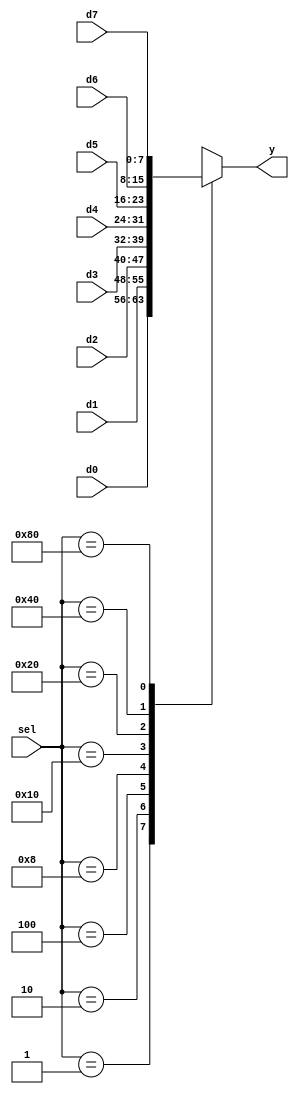
module bn_select_8_1_case
#(parameter DATA_WIDTH=8)
(
    input       [DATA_WIDTH-1:0] d0, 
    input       [DATA_WIDTH-1:0] d1,
    input       [DATA_WIDTH-1:0] d2,
    input       [DATA_WIDTH-1:0] d3,
    input       [DATA_WIDTH-1:0] d4, 
    input       [DATA_WIDTH-1:0] d5,
    input       [DATA_WIDTH-1:0] d6,
    input       [DATA_WIDTH-1:0] d7,
    input       [7:0] sel,
    output  reg [DATA_WIDTH-1:0] y
);
    
    always @(*)
        case (sel)
            8'b00000001: y=d0;
            8'b00000010: y=d1;
            8'b00000100: y=d2;
            8'b00001000: y=d3;
            8'b00010000: y=d4;
            8'b00100000: y=d5;
            8'b01000000: y=d6;
            8'b10000000: y=d7;
            default:     y={DATA_WIDTH{1'bx}};
        endcase
    
endmodule

module lab4
(
    input   [ 1:0]  KEY,
    input   [ 9:0]  SW,
    output  [ 9:0]  LEDR
);

    bn_select_8_1_case #(3) bn_select_8_1_case (.d0(SW[2:0]), .d1(SW[3:1]), .d2(SW[4:2]), 
                                                .d3(SW[5:3]), .d4(SW[6:4]), .d5(SW[7:5]), 
                                                .d6(SW[8:6]), .d7(SW[9:7]), .sel(SW[7:0]), .y(LEDR[2:0]));
    // if SW[7:0] == 8'b0_0000001..8'b0_1000000 LEDR[2:0] always will be 3'b001, SW[9:8] does not affect
    // if SW[7:0] == 8'b1_0000000 LEDR[0] = 1'b1, LEDR[2:1] = SW[9:8]. 
endmodule